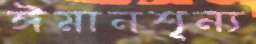
ঈমানশূন্য